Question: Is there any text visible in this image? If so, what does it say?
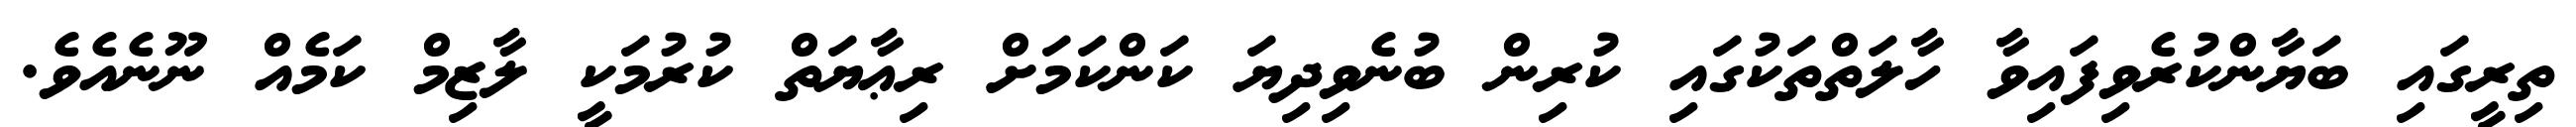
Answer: ތިރީގައި ބަޔާންކުރެވިފައިވާ ހާލަތްތަކުގައި ކުރިން ބުނެވިދިޔަ ކަންކަމަށް ރިޢާޔަތް ކުރުމަކީ ލާޒިމް ކަމެއް ނޫނެއެވެ.